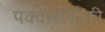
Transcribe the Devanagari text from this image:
पक्वान्नांसाठी